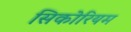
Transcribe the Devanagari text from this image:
सिकोरियम